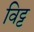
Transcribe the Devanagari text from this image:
विट्ट